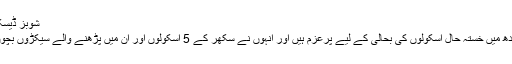
شوبز ڈیسک | منگل 20 اگست 2019
لندن: اداکارہ مہوش حیات سندھ میں خستہ حال اسکولوں کی بحالی کے لیے پُرعزم ہیں اور انہوں نے سکھر کے 5 اسکولوں اور ان میں پڑھنے والے سیکڑوں بچوں کی تعلیم کا بیڑہ اٹھایا ہے۔